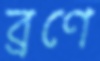
ব্রণে